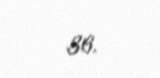
36.